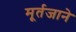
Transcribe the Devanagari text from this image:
मूर्तजाने